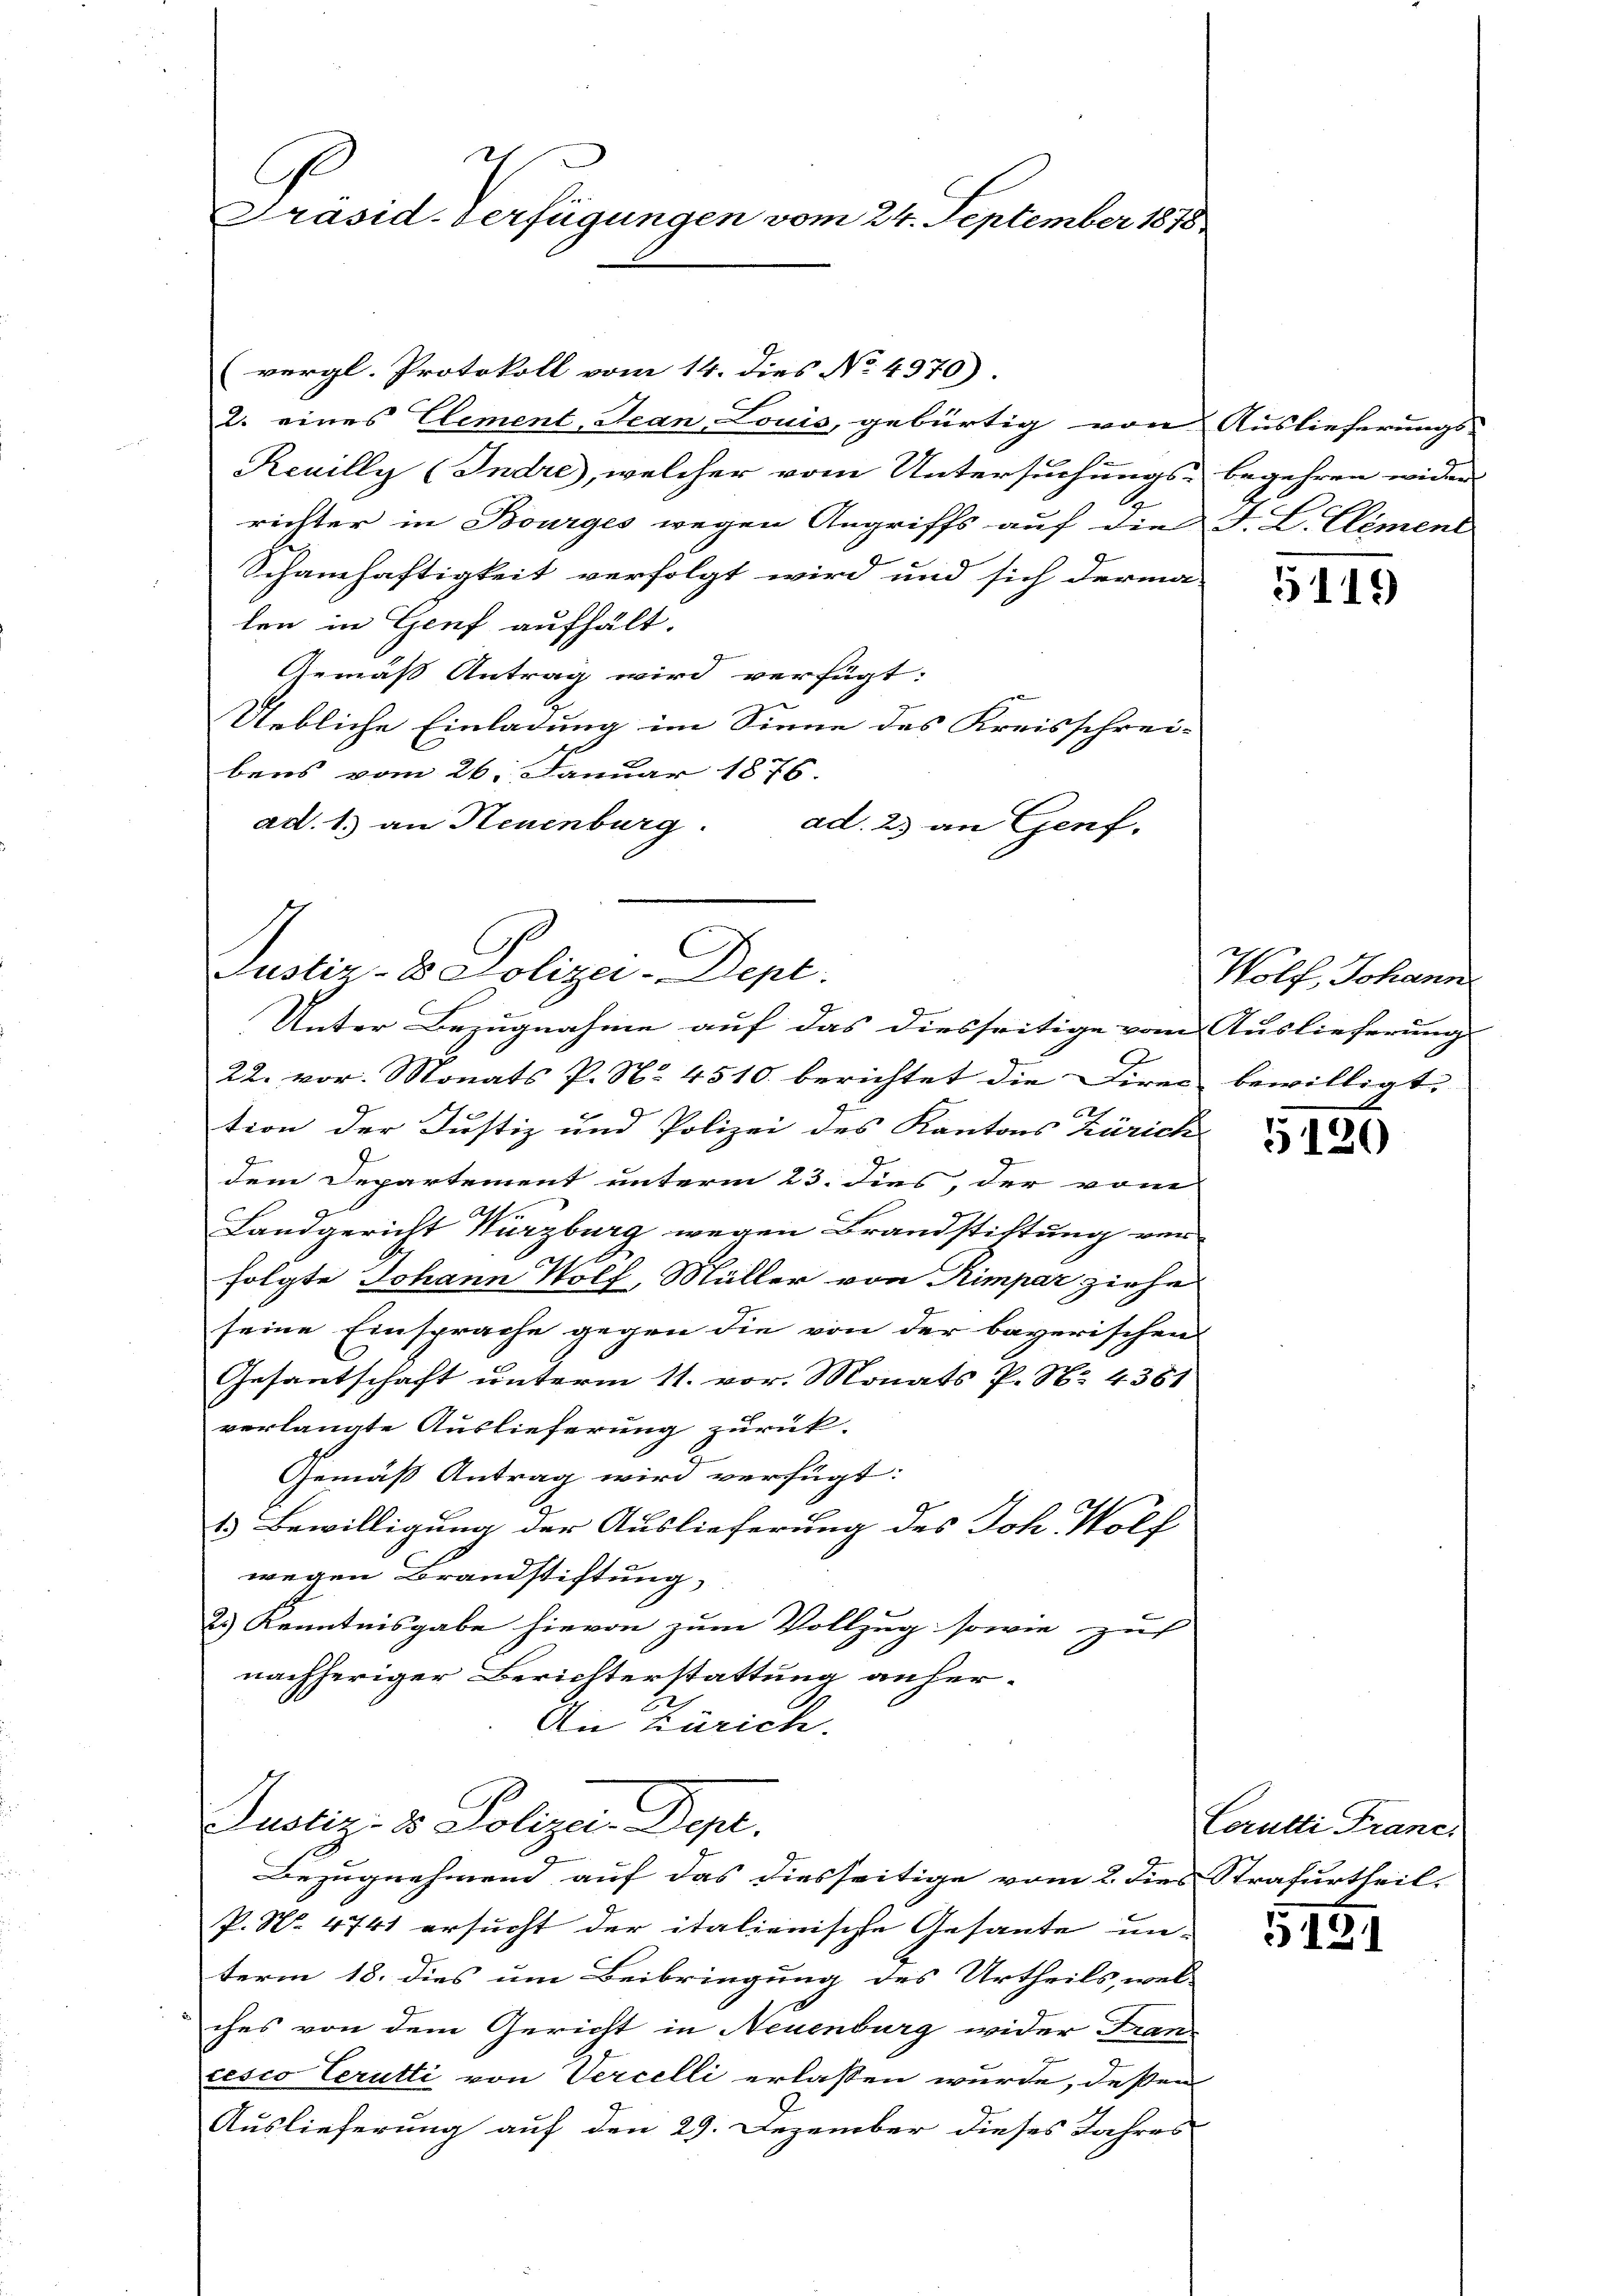
21
Präsid-Verfügungen vom 24. September 1878

(vergl. Protokoll vom 14. dies No. 4370)
2. eines Element, Jean Louis, gebürtig von Auslieferungs-
Reuilly (Indre, welcher vom Untersuchungs- begehren wider
e
richter in Bourges wegen Angriffs auf die J. L. Clement
Schamhaftigkeit verfolgt wird und sich derma-
len in Genf aufhält.
Gemäß Antrag wird verfügt:
Uebliche Einladung im Sinne des Kreisschrei-
bens vom 26. Januar 1876
ad. 1. an Neuenburg.
ad. 23 an Genf.

Justiz- & Polizei-Dept.
Unter Bezugnahme auf das diesseitige vom Auslieferung

.
22. vor. Monats P. N. 4510. berichtet die Direc bewilligt.
2
tion der Justiz und Polizei des Kantons Zürich
z
dem Departement unterm 23. dies, der vom
Landgericht Würzburg wegen Brandstiftung ver
folgte Johann Wolf, Müller von Rimper ziehe
seine Einsprache gegen die von der bayerischen
Gesantschaft unterm 11. vor. Monats P. Nr. 4381
verlangte Auslieferung zurück.
Gemäß Antrag wird verfügt:
1.) Bewilligung der Auslieferung des Joh. Wolf
wegen Brandstiftung,
2.) Kenntnisgabe hievon zum Vollzug sowie zu
nachheriger Berichterstattung anherc
An Zürich.
Justiz- & Polizer. Dept.
Bezugnehmend auf das diesseitige vom 2. dies Strafurtheil.
P. Nr. 4741 ersucht der italienische Gesante un-
term 18. dies um Beibringung des Urtheils, wel-
ches von dem Gericht in Neuenburg wider Fran
cesco Verutti von Vercelli erlassen wurde, deßen
Auslieferung auf den 29. Dezember dieses Jahres

5119

Wolf, Johann

5120

Corutti Francs

5151